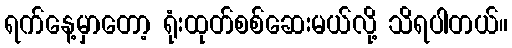
ရက်နေ့မှာတော့ ရုံးထုတ်စစ်ဆေးမယ်လို့ သိရပါတယ်။